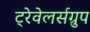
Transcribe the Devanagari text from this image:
ट्रेवेलर्सग्रुप